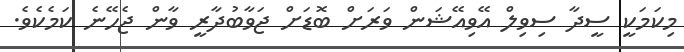
މިކަމަކީ ސީދާ ސިވިލް އޭވިއޭޝަން ވަރަށް ބޮޑަށް ޖަވާބުދާރީ ވާން ޖެހޭނެ ކަމެކެވެ.